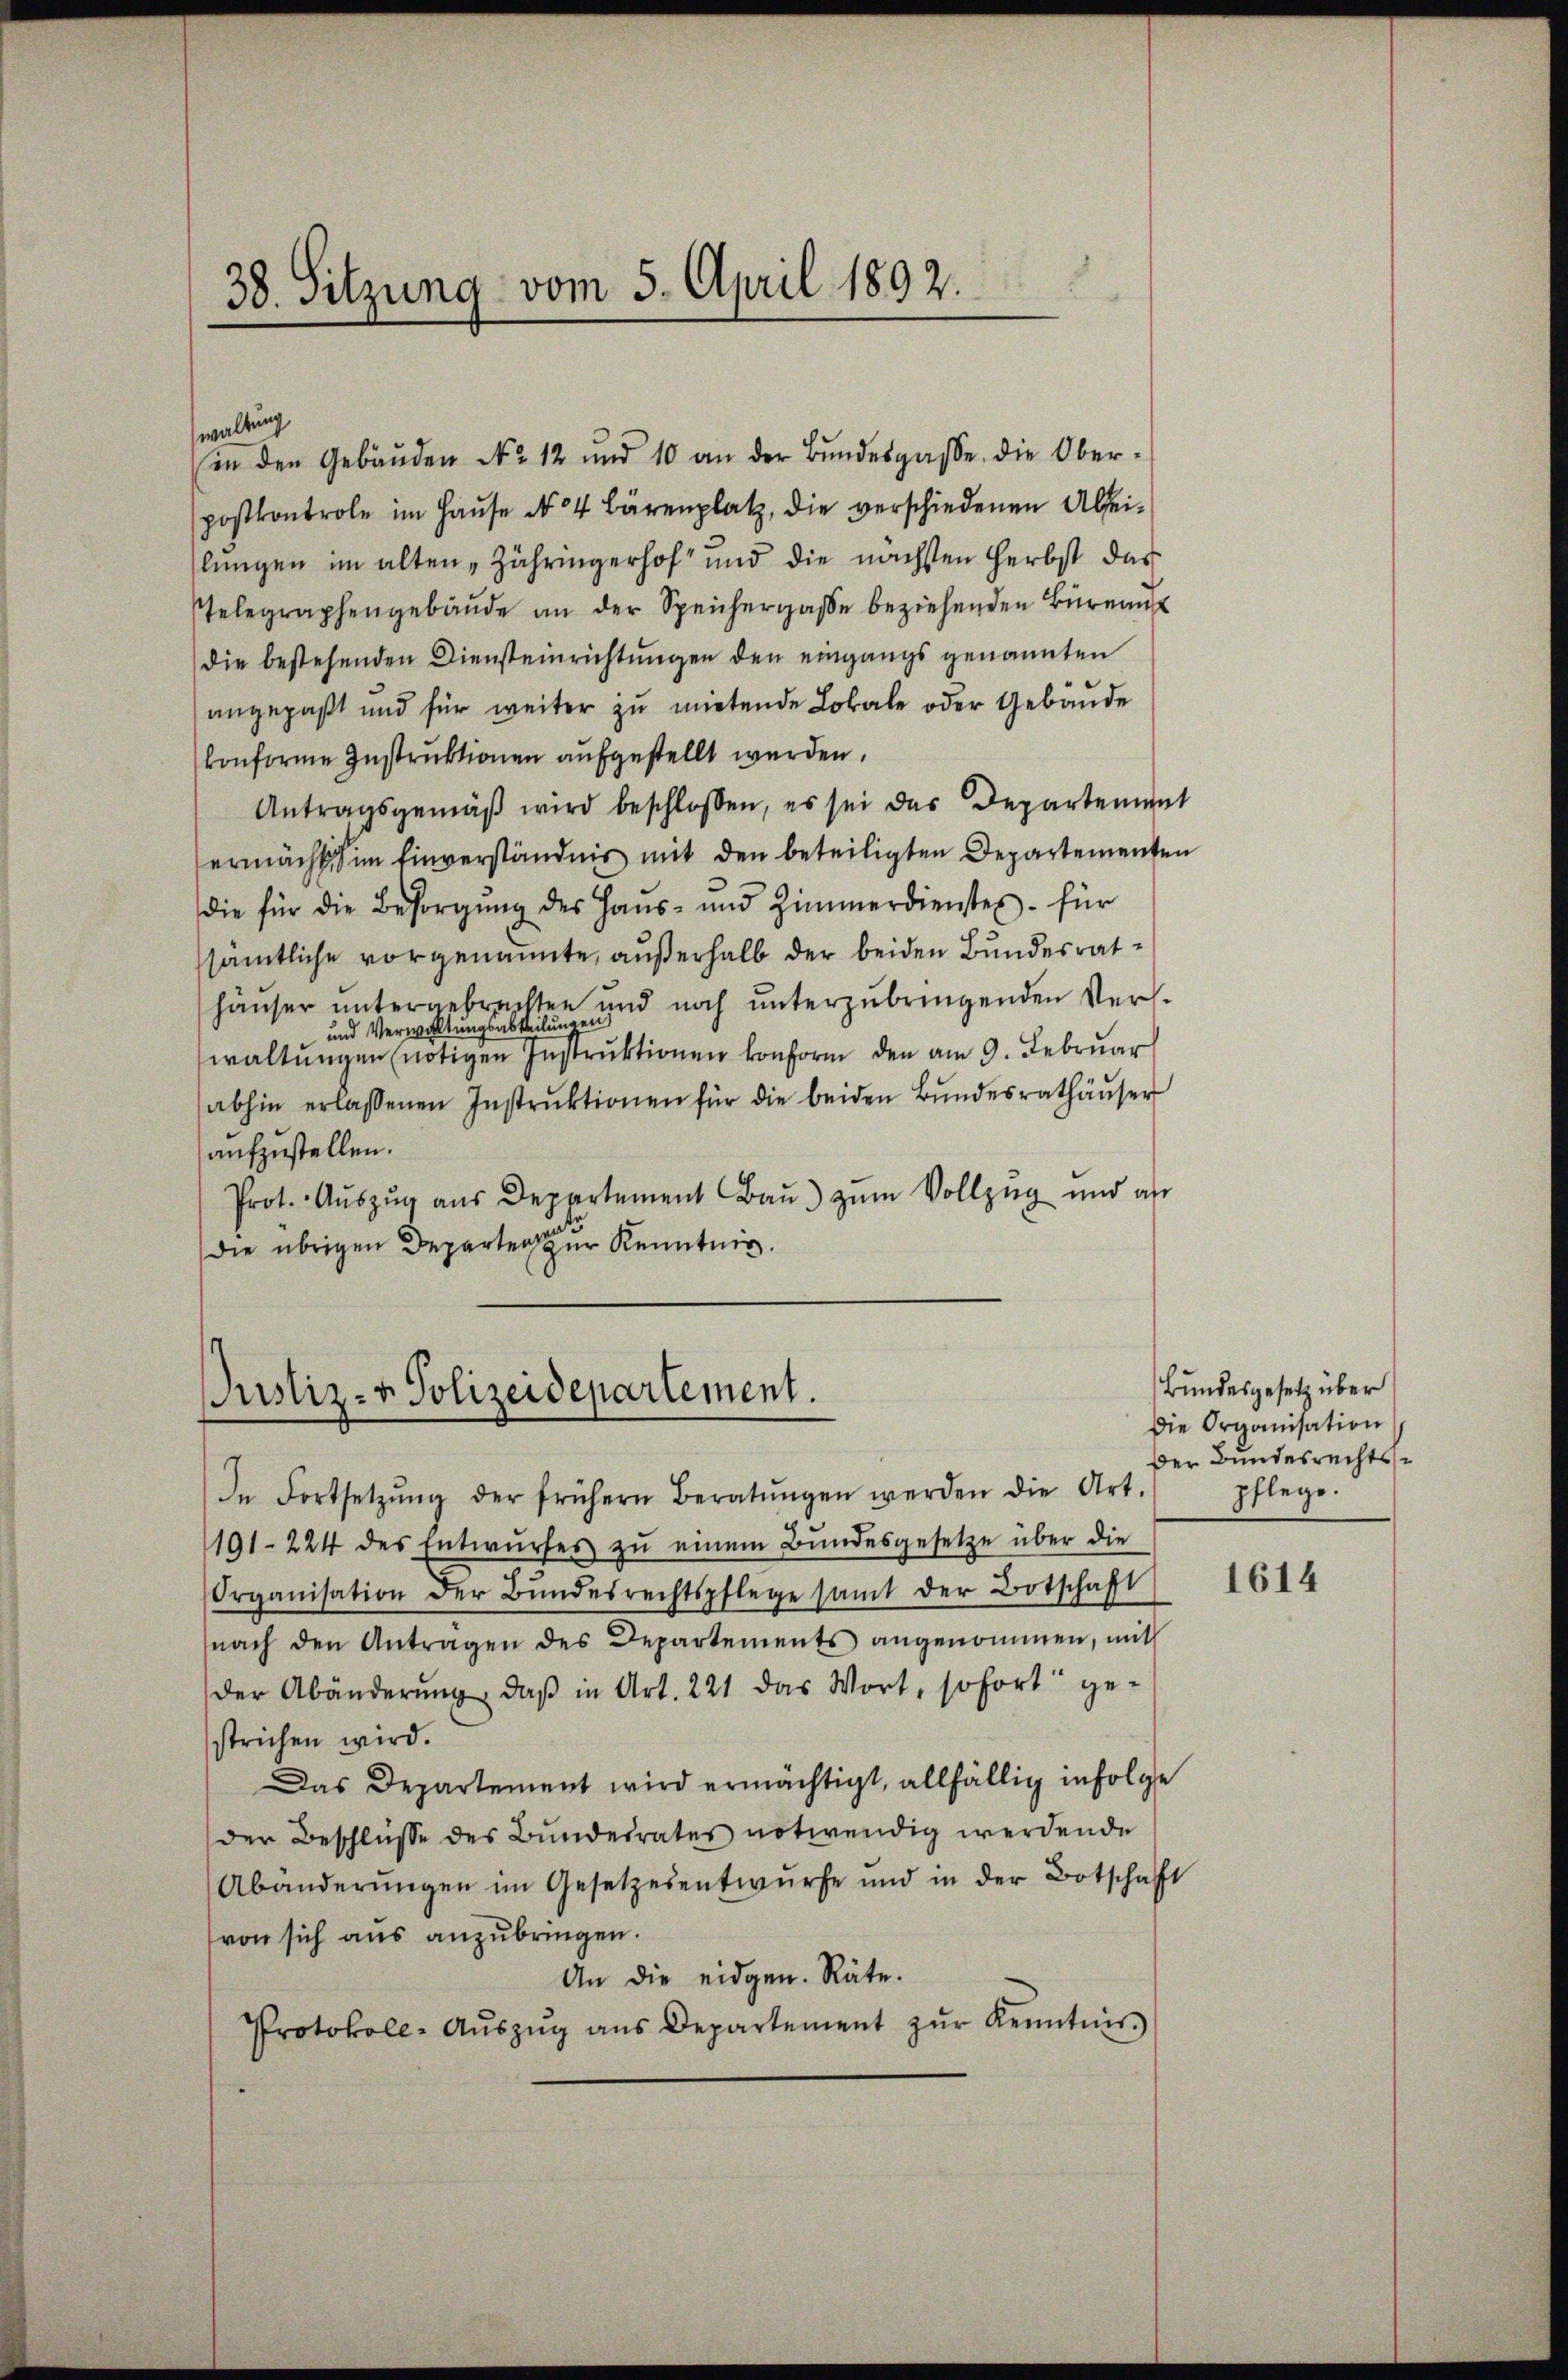
38. Sitzung vom 5. April 1892.

waltung
in den Gebäuden No 12 und 10 an der Bŭndesgasse, die Ober-
postkontrole im Haŭse No 4 Bärenplatz, die verschiedenen Abseilungen im alten „Zähringerhof und die nächsten Herbst das
Gelegraphengebäŭde an der Speichergasse beziehenden Büreau
die bestehenden Diensteinrichtungen den eingangs genannten
angepaßt und für weiter zu mietende Lokale oder Gebäude
konforme Instruktionen aufgestellt werden.
Antragsgemäβ wird beschlossen, es sei das Departement
ermächt im Einverständnis mit den beteiligten Departementen
die für die Besorgŭng des Haŭs- und Zimmerdienstes für
sämtliche vorgenannte, außerhalb der beiden Bundesrathauser untergebrachten und noch ŭnterzubringenden Ver-
und Verwaltungsabteilungen
waltungen nötigen Instruktionen konform den am 9. Februar
abhin erlassenen Instrŭktionen für die beiden Bŭndesrathäŭser
aufzustellen.
Prot. Aŭszŭg ans Departement Bau) zum Vollzug und als
die übrigen Departen zur Kenntnis.

Justiz- & Polizeidepartement.

In Fortsetzŭng der frühern Beratŭngen werden die Art.
191-224 des Entwŭrfes zŭ einem Bundesgesetze über die
Organisation der Bŭndesrechtspflege samt der Botschaft
nach den Antragen des Departements angenommen, mit
der Abänderung, daß in Art. 221 das Wort, sofort gestrichen wird.
Das Departement wird ermächtigt, allfällig infolge
der Beschlüsse des Bundesrates notwendig werdende
Abänderŭngen im Gesetzesentwurfe und in der Botschaft
von sich aus anzubringen.
An die eidgen. Räte.
Protokoll-Aŭszŭg ans Departement zŭr Kenntnis

Bundesgesetz über
Die Organisation
Der Bundesrechtspflege.

1614